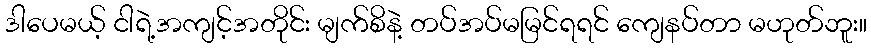
ဒါပေမယ့် ငါရဲ့အကျင့်အတိုင်း မျက်စိနဲ့ တပ်အပ်မမြင်ရရင် ကျေနပ်တာ မဟုတ်ဘူး။